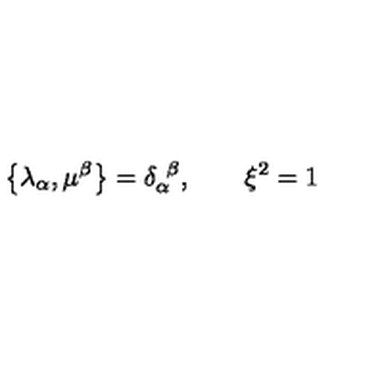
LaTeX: \left\{ \lambda _ { \alpha } , \mu ^ { \beta } \right\} = \delta _ { \alpha } ^ { \ \beta } , \qquad \xi ^ { 2 } = 1